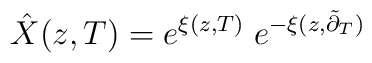
\hat X(z,T) = e^{\xi(z,T)} \; e^{-\xi(z,\tilde \partial_{T})}